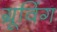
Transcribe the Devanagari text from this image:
ग्रूविंग